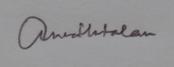
Signature authenticity: genuine